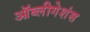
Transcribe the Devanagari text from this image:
ऑब्लीगेशंस